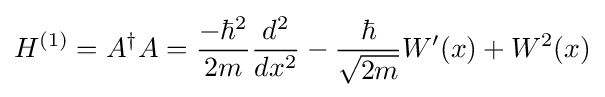
H^{(1)}=A^{\dagger }A={\frac {-\hbar ^{2}}{2m}}{\frac {d^{2}}{dx^{2}}}-{\frac {\hbar }{\sqrt {2m}}}W^{\prime }(x)+W^{2}(x)